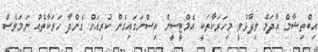
އިބްތިޝާމް އާދަމް ވިދާޅުވީ މިހަރަކާތަކީ އެމްޓީސީން އިސްނަގައިގެން ކުރިއަށް ގެންދާ ހަރަކާތެއް ނަމަވެސް